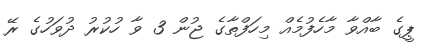
ޕީގެ ބާއްވާ މާހެފުމެއް މިހަފްތާގެ ޖުން 3 ވާ ހުކުރު ދުވަހުގެ ރޭ